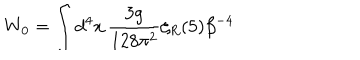
W _ { 0 } = \int d ^ { 4 } x \, { \frac { 3 g } { 1 2 8 \pi ^ { 2 } } } \zeta _ { R } ( 5 ) \beta ^ { - 4 }